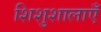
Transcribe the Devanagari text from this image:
शिशुशालाएँ